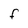
Character: F